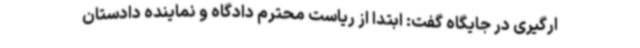
ارگیری در جایگاه گفت: ابتدا از ریاست محترم دادگاه و نماینده دادستان